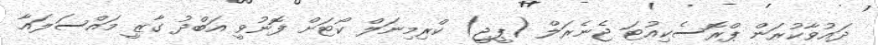
ދައުވާކުރަން ޕްރޮސެކިއުޓަ ޖެނެރަލް (ޕީޖީ) ކްރިމިނަލް ކޯޓަށް ފޮނުވީ އަބްދު ގާޒީ މައްސަލައާ